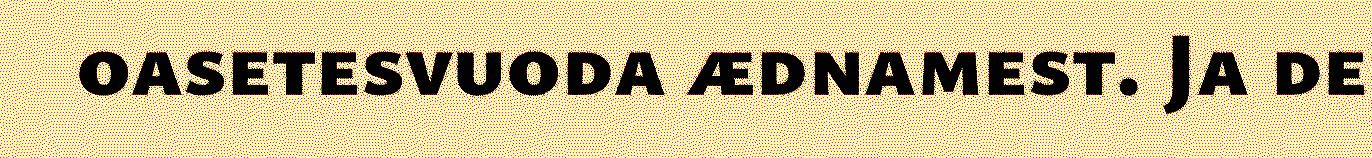
oasetesvuoda ædnamest. Ja de